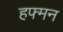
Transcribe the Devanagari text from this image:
हफ्मन